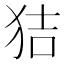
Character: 狤